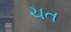
ચત